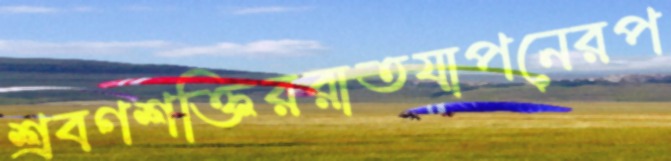
শ্রবণশক্তিররাতযাপনেরপ